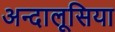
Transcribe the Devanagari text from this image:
अन्दालूसिया